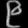
Digit: ၉